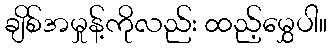
ချိစ်အမှုန့်ကိုလည်း ထည့်မွှေပါ။